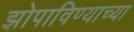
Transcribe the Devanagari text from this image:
झोपाविण्याच्या